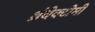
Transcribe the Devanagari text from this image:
थ्रंबेक्टोमी